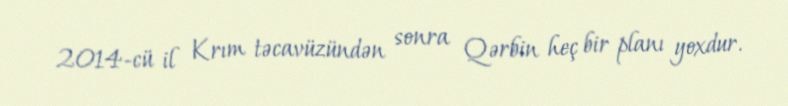
2014-cü il Krım təcavüzündən sonra Qərbin heç bir planı yoxdur.